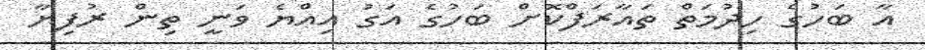
އާ ބަހުގެ ހިދުމަތް ތައާރަފްކޮށް ބަހުގެ އަގު އިއްޔެ ވަނީ ތިން ރުފިޔާ